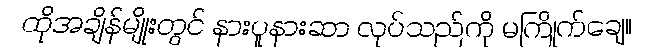
ထိုအချိန်မျိုးတွင် နားပူနားဆာ လုပ်သည်ကို မကြိုက်ချေ။